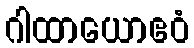
ဂါထာယောဧဝံ